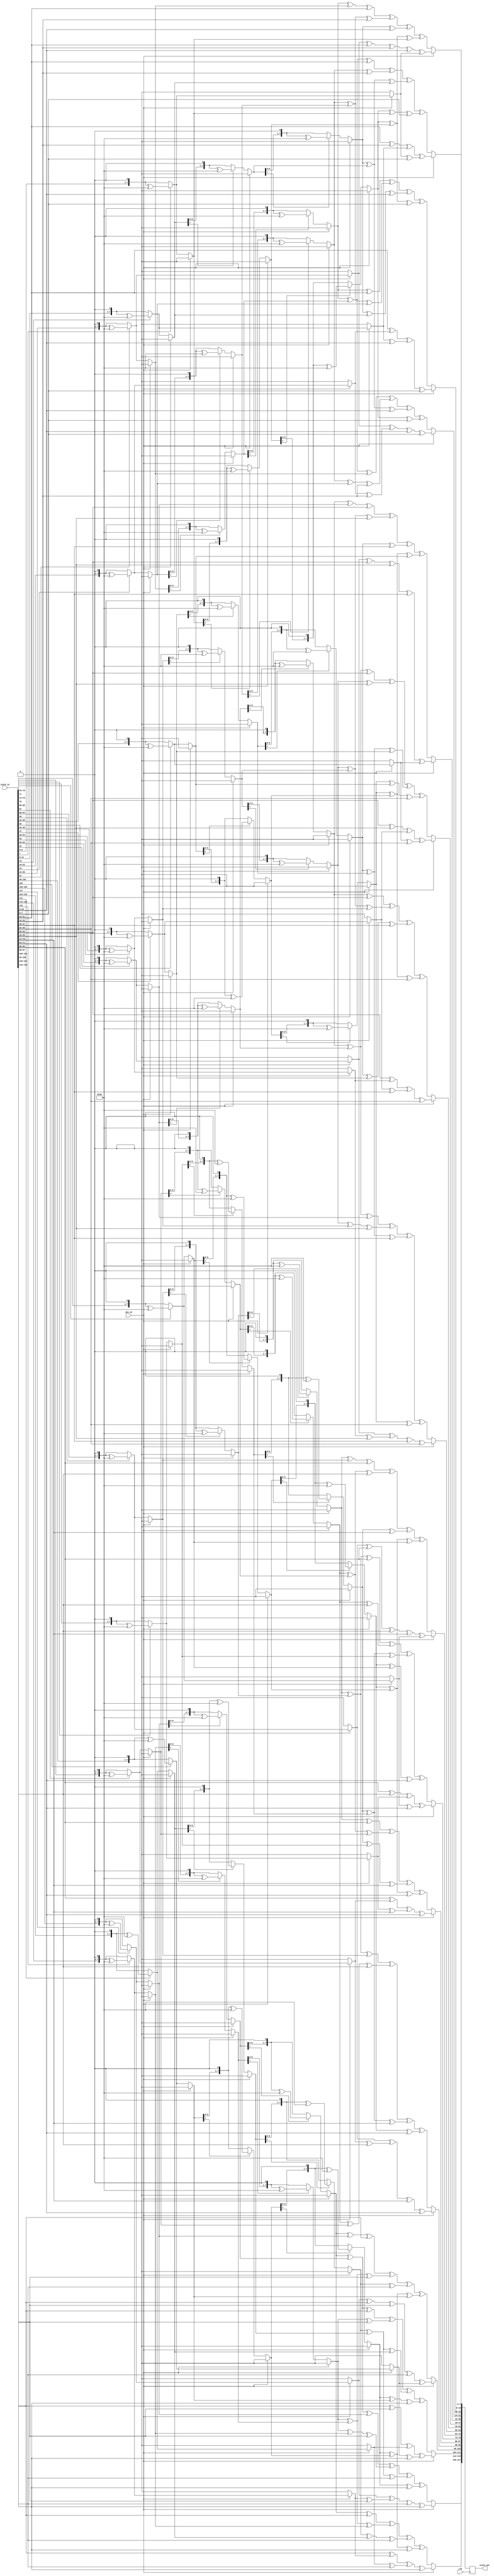
//mix columns and its inverse
module mixColumns(clk, state_in, state_out, enc_en);
input clk, enc_en;
input [127:0] state_in;
output reg [127:0] state_out;

//This function multiplies by {02} n-times
function[7:0] multiply(input [7:0]x,input integer n);
integer i;
begin
	for(i=0;i<n;i=i+1)begin
		if(x[7] == 1) x = ((x << 1) ^ 8'h1b);
		else x = x << 1; 
	end
	multiply=x;
end

endfunction


/* 
	Multiply by {0e} is done by :
	(multiplying by {02} 3 times which is equivalent to multiplication by {08}) xor
	(multiplying by {02} 2 times which is equivalent to multiplication by {04}) xor
	(multiplying by {02})
	so that 8+4+2= e. where xor is the addition of elements in finite fields
*/
function [7:0] mb0e; //multiply by {0e}
input [7:0] x;
begin
	mb0e=multiply(x,3) ^ multiply(x,2)^ multiply(x,1);
end
endfunction

/* 
	Multiply by {0d} is done by :
	(multiplying by {02} 3 times which is equivalent to multiplication by {08}) xor
	(multiplying by {02} 2 times which is equivalent to multiplication by {04}) xor
	(the original x)
	so that 8+4+1= d. where xor is the addition of elements in finite fields
*/
function [7:0] mb0d; //multiply by {0d}
input [7:0] x;
begin
	mb0d=multiply(x,3) ^ multiply(x,2)^ x;
end
endfunction


/* 
	Multiply by {0b} is done by :
	(multiplying by {02} 3 times which is equivalent to multiplication by {08}) xor
	(multiplying by {02}) xor (the original x)
	so that 8+2+1= b. where xor is the addition of elements in finite fields
*/

function [7:0] mb0b;  //multiply by {0b}
input [7:0] x;
begin
	mb0b=multiply(x,3) ^ multiply(x,1)^ x;
end
endfunction
/* 
	Multiply by {09} is done by :
	(multiplying by {02} 3 times which is equivalent to multiplication by {08}) xor (the original x)
	so that 8+1= 9. where xor is the addition of elements in finite fields
*/

function [7:0] mb09; //multiply by {09}
input [7:0] x;
begin
	mb09=multiply(x,3) ^  x;
end
endfunction

function [7:0] mb2; //multiply by 2
	input [7:0] x;
	begin 
			/* multiplication by 2 is shifting on bit to the left, and if the original 8 bits had a 1 @ MSB,
			xor the result with {1b}*/
			if(x[7] == 1) mb2 = ((x << 1) ^ 8'h1b);
			else mb2 = x << 1; 
	end 	
endfunction


/* 
	multiplication by 3 is done by:
		multiplication by {02} xor(the original x)
		so that 2+1=3. where xor is the addition of elements in finite fields
*/
function [7:0] mb3; //multiply by 3
	input [7:0] x;
	begin 
			
			mb3 = mb2(x) ^ x;
	end 
endfunction




always@(posedge clk) begin
if(enc_en) begin
	state_out[(0*32 + 24)+:8]<= mb2(state_in[(0*32 + 24)+:8]) ^ mb3(state_in[(0*32 + 16)+:8]) ^ state_in[(0*32 + 8)+:8] ^ state_in[0*32+:8];
	state_out[(0*32 + 16)+:8]<= state_in[(0*32 + 24)+:8] ^ mb2(state_in[(0*32 + 16)+:8]) ^ mb3(state_in[(0*32 + 8)+:8]) ^ state_in[0*32+:8];
	state_out[(0*32 + 8)+:8]<= state_in[(0*32 + 24)+:8] ^ state_in[(0*32 + 16)+:8] ^ mb2(state_in[(0*32 + 8)+:8]) ^ mb3(state_in[0*32+:8]);
    state_out[0*32+:8]<= mb3(state_in[(0*32 + 24)+:8]) ^ state_in[(0*32 + 16)+:8] ^ state_in[(0*32 + 8)+:8] ^ mb2(state_in[0*32+:8]);
    
    state_out[(1*32 + 24)+:8]<= mb2(state_in[(1*32 + 24)+:8]) ^ mb3(state_in[(1*32 + 16)+:8]) ^ state_in[(1*32 + 8)+:8] ^ state_in[1*32+:8];
	state_out[(1*32 + 16)+:8]<= state_in[(1*32 + 24)+:8] ^ mb2(state_in[(1*32 + 16)+:8]) ^ mb3(state_in[(1*32 + 8)+:8]) ^ state_in[1*32+:8];
	state_out[(1*32 + 8)+:8]<= state_in[(1*32 + 24)+:8] ^ state_in[(1*32 + 16)+:8] ^ mb2(state_in[(1*32 + 8)+:8]) ^ mb3(state_in[1*32+:8]);
    state_out[1*32+:8]<= mb3(state_in[(1*32 + 24)+:8]) ^ state_in[(1*32 + 16)+:8] ^ state_in[(1*32 + 8)+:8] ^ mb2(state_in[1*32+:8]);
    
    state_out[(2*32 + 24)+:8]<= mb2(state_in[(2*32 + 24)+:8]) ^ mb3(state_in[(2*32 + 16)+:8]) ^ state_in[(2*32 + 8)+:8] ^ state_in[2*32+:8];
	state_out[(2*32 + 16)+:8]<= state_in[(2*32 + 24)+:8] ^ mb2(state_in[(2*32 + 16)+:8]) ^ mb3(state_in[(2*32 + 8)+:8]) ^ state_in[2*32+:8];
	state_out[(2*32 + 8)+:8]<= state_in[(2*32 + 24)+:8] ^ state_in[(2*32 + 16)+:8] ^ mb2(state_in[(2*32 + 8)+:8]) ^ mb3(state_in[2*32+:8]);
    state_out[2*32+:8]<= mb3(state_in[(2*32 + 24)+:8]) ^ state_in[(2*32 + 16)+:8] ^ state_in[(2*32 + 8)+:8] ^ mb2(state_in[2*32+:8]);
    
    state_out[(3*32 + 24)+:8]<= mb2(state_in[(3*32 + 24)+:8]) ^ mb3(state_in[(3*32 + 16)+:8]) ^ state_in[(3*32 + 8)+:8] ^ state_in[3*32+:8];
	state_out[(3*32 + 16)+:8]<= state_in[(3*32 + 24)+:8] ^ mb2(state_in[(3*32 + 16)+:8]) ^ mb3(state_in[(3*32 + 8)+:8]) ^ state_in[3*32+:8];
	state_out[(3*32 + 8)+:8]<= state_in[(3*32 + 24)+:8] ^ state_in[(3*32 + 16)+:8] ^ mb2(state_in[(3*32 + 8)+:8]) ^ mb3(state_in[3*32+:8]);
    state_out[3*32+:8]<= mb3(state_in[(3*32 + 24)+:8]) ^ state_in[(3*32 + 16)+:8] ^ state_in[(3*32 + 8)+:8] ^ mb2(state_in[3*32+:8]);
end else begin
    state_out[(0*32 + 24)+:8]<= mb0e(state_in[(0*32 + 24)+:8]) ^ mb0b(state_in[(0*32 + 16)+:8]) ^ mb0d(state_in[(0*32 + 8)+:8]) ^ mb09(state_in[0*32+:8]);
	state_out[(0*32 + 16)+:8]<= mb09(state_in[(0*32 + 24)+:8]) ^ mb0e(state_in[(0*32 + 16)+:8]) ^ mb0b(state_in[(0*32 + 8)+:8]) ^ mb0d(state_in[0*32+:8]);
	state_out[(0*32 + 8)+:8]<= mb0d(state_in[(0*32 + 24)+:8]) ^ mb09(state_in[(0*32 + 16)+:8]) ^ mb0e(state_in[(0*32 + 8)+:8]) ^ mb0b(state_in[0*32+:8]);
    state_out[0*32+:8]<= mb0b(state_in[(0*32 + 24)+:8]) ^ mb0d(state_in[(0*32 + 16)+:8]) ^ mb09(state_in[(0*32 + 8)+:8]) ^ mb0e(state_in[0*32+:8]);
    
    state_out[(1*32 + 24)+:8]<= mb0e(state_in[(1*32 + 24)+:8]) ^ mb0b(state_in[(1*32 + 16)+:8]) ^ mb0d(state_in[(1*32 + 8)+:8]) ^ mb09(state_in[1*32+:8]);
	state_out[(1*32 + 16)+:8]<= mb09(state_in[(1*32 + 24)+:8]) ^ mb0e(state_in[(1*32 + 16)+:8]) ^ mb0b(state_in[(1*32 + 8)+:8]) ^ mb0d(state_in[1*32+:8]);
	state_out[(1*32 + 8)+:8]<= mb0d(state_in[(1*32 + 24)+:8]) ^ mb09(state_in[(1*32 + 16)+:8]) ^ mb0e(state_in[(1*32 + 8)+:8]) ^ mb0b(state_in[1*32+:8]);
    state_out[1*32+:8]<= mb0b(state_in[(1*32 + 24)+:8]) ^ mb0d(state_in[(1*32 + 16)+:8]) ^ mb09(state_in[(1*32 + 8)+:8]) ^ mb0e(state_in[1*32+:8]);
    
    state_out[(2*32 + 24)+:8]<= mb0e(state_in[(2*32 + 24)+:8]) ^ mb0b(state_in[(2*32 + 16)+:8]) ^ mb0d(state_in[(2*32 + 8)+:8]) ^ mb09(state_in[2*32+:8]);
	state_out[(2*32 + 16)+:8]<= mb09(state_in[(2*32 + 24)+:8]) ^ mb0e(state_in[(2*32 + 16)+:8]) ^ mb0b(state_in[(2*32 + 8)+:8]) ^ mb0d(state_in[2*32+:8]);
	state_out[(2*32 + 8)+:8]<= mb0d(state_in[(2*32 + 24)+:8]) ^ mb09(state_in[(2*32 + 16)+:8]) ^ mb0e(state_in[(2*32 + 8)+:8]) ^ mb0b(state_in[2*32+:8]);
    state_out[2*32+:8]<= mb0b(state_in[(2*32 + 24)+:8]) ^ mb0d(state_in[(2*32 + 16)+:8]) ^ mb09(state_in[(2*32 + 8)+:8]) ^ mb0e(state_in[2*32+:8]);
    
    state_out[(3*32 + 24)+:8]<= mb0e(state_in[(3*32 + 24)+:8]) ^ mb0b(state_in[(3*32 + 16)+:8]) ^ mb0d(state_in[(3*32 + 8)+:8]) ^ mb09(state_in[3*32+:8]);
	state_out[(3*32 + 16)+:8]<= mb09(state_in[(3*32 + 24)+:8]) ^ mb0e(state_in[(3*32 + 16)+:8]) ^ mb0b(state_in[(3*32 + 8)+:8]) ^ mb0d(state_in[3*32+:8]);
	state_out[(3*32 + 8)+:8]<= mb0d(state_in[(3*32 + 24)+:8]) ^ mb09(state_in[(3*32 + 16)+:8]) ^ mb0e(state_in[(3*32 + 8)+:8]) ^ mb0b(state_in[3*32+:8]);
    state_out[3*32+:8]<= mb0b(state_in[(3*32 + 24)+:8]) ^ mb0d(state_in[(3*32 + 16)+:8]) ^ mb09(state_in[(3*32 + 8)+:8]) ^ mb0e(state_in[3*32+:8]);
end
end

endmodule